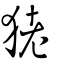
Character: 狫